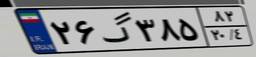
۱۸گ۹۰۶۰۰